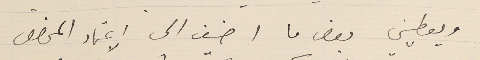
ويعطيني بعض ما اضيف الى الاعتماد المخصص